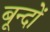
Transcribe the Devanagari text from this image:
बून्दों